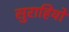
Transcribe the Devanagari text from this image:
सुराहियों